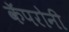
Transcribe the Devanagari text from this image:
कॅपरोनी